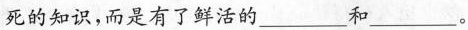
死的知识，而是有了鲜活的 ___ 和 ___。